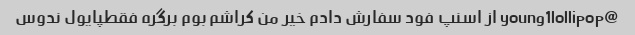
@young1lollipop از اسنپ فود سفارش دادم خیر من کراشم بوم برگره فقطپایول ندوس